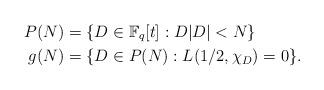
LaTeX: \begin{align*}P(N)& = \{ D \in \mathbb{F}_q[t] : D |D|<N \}\\g(N)& = \{ D \in P(N) : L(1/2, \chi_D) = 0 \}.\end{align*}